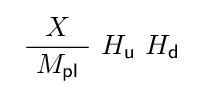
\ {\frac {X}{\ M_{\mathsf {pl}}\ }}\ H_{\mathsf {u}}\ H_{\mathsf {d}}\